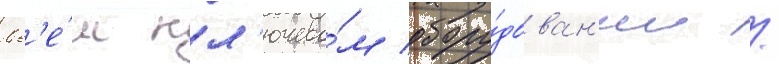
вс'е́м кл'ючево́м обору́дован'ии /